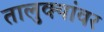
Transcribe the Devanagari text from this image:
तालुक्यांवर